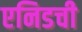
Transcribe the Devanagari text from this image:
एनिडची